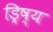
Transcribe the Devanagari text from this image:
ड्रिष्य